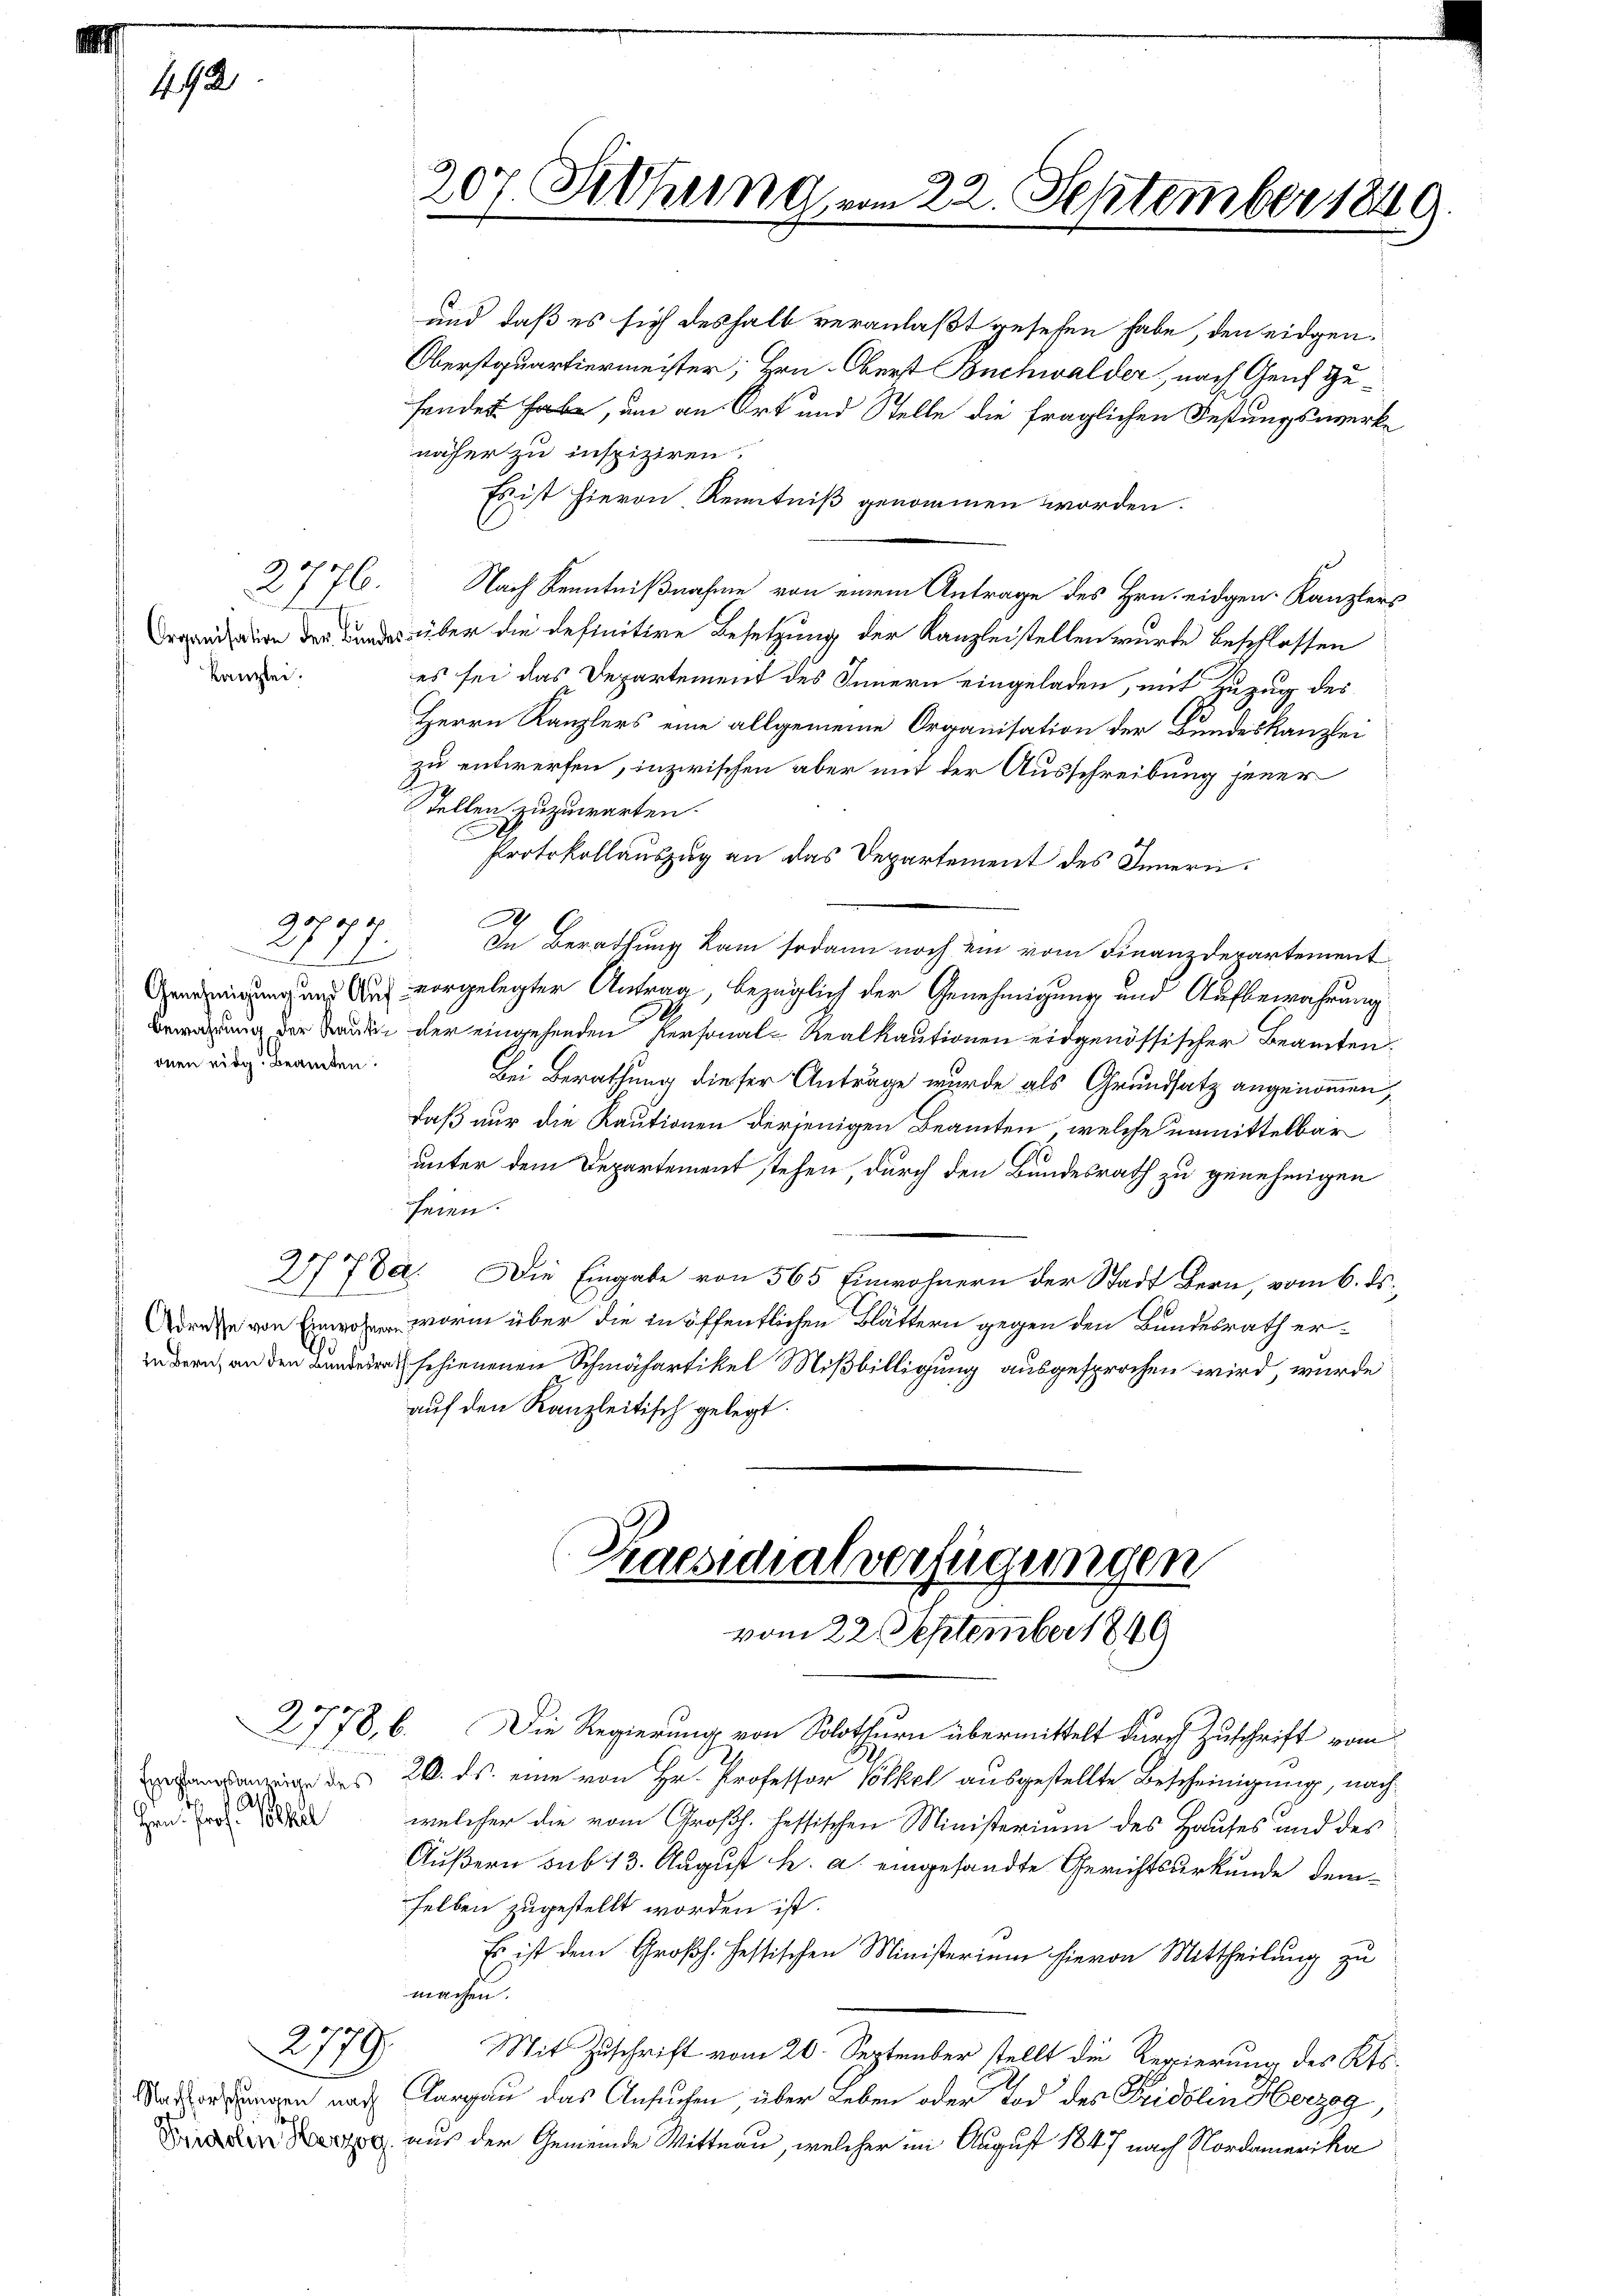
2776.
Kanzlei.

237 ff.
onen eidg. Beamten.

192

Hrn. Prof. Phil

2779

und daß es sich deshalb veranlaßt gesehen habe, den eidgen¬
Oberstquartiermeister; Hrn. Oberst Buchwalder, nach Genf Gusendes habe, um an Ort und Stelle die fraglichen Festungswerke
näher zu inspiziren.
Es ist hievon Kenntniß genommen worden.
Nach Kenntnißnahme von einem Antrage des Hrn. eidgen. Kanzlers
Drenission der Bundes über die definitive Besetzung der Kanzleistellen wurde beschlossen
es sei das Departement des Innern eingeladen, mit Zuzug des
Herrn Kanzlers eine allgemeine Organisation der Bundeskanzlei
zu entwerfen, inzwischen aber mit der Ausschreibung jener
Tellen zuzuwarten.
Protokollauszug an das Departement des Innern.
In Berathung kam sodann noch ein vom Finanzdepartement
Vendigung und auf vorgelegter Antrag, bezüglich der Genehmigung und Aufbewahrung
Bewartung der Sauten der eingehenden Personal-Realkautionen eidgenössischer Beamten.
Bei Berathung dieser Anträge wurde als Grundsatz angenommen,
daß nur die Kautionen derjenigen Beamten, welche unmittelbar
unter dem Departement stehen, durch den Bundesrath zu genehmigen
seien.
2778. Die Eingabe von 565 Einwohnern der Stadt Bern, vom 6. ds.
Dreihe von worin über die in öffentlichen Blättern gegen den Bundesrath erindern, an den Bandern schienenen Schmähartikel Mißbilligung ausgesprochen wird, wurde
auf den Kanzleitisch gelegt.

207. Fettung vom 22. September 184

Praesidialverfügungen
vom 22. September 1849

2778, 6. Die Regierung von Solothurn übermittelt durch Zuschrift vom
n das 20. ds. eine von Hr. Professor Volkel ausgestellte Bescheinigung, nachwelcher die vom Großh. fessischen Ministerium des Hauses und des
Äußern sub 13. August h. a. eingesandte Gerichtsurkunde demselben zugestellt worden ist.
Es ist dem Großh. fessischen Ministerium hievon Mittheilung zu
machen.
Mit Zuschrift vom 20. September stellt die Regierung des Kts.
Masserungen nach Aargau das Ansuchen über Leben oder Tod des Fridolin Herzog,
 aus der Gemeinde Mittnau, welcher im August 1847 nach Nordamerika